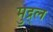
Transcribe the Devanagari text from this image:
मुद्र्ल